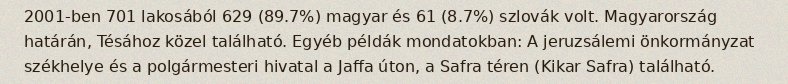
2001-ben 701 lakosából 629 (89.7%) magyar és 61 (8.7%) szlovák volt. Magyarország határán, Tésához közel található. Egyéb példák mondatokban: A jeruzsálemi önkormányzat székhelye és a polgármesteri hivatal a Jaffa úton, a Safra téren (Kikar Safra) található.